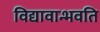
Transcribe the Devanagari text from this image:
विद्यावान्भवति